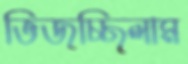
ভিজচ্ছিলাম